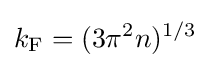
k_{\text{F}}=(3\pi ^{2}n)^{1/3}